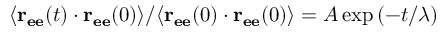
{ \langle \mathbf { r _ { e e } } ( t ) \cdot \mathbf { r _ { e e } } ( 0 ) \rangle } / { \langle \mathbf { r _ { e e } } ( 0 ) \cdot \mathbf { r _ { e e } } ( 0 ) \rangle } = A \exp \left( - t / \lambda \right)